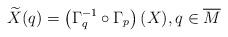
LaTeX: \begin{align*}\widetilde{X}(q) = \left( \Gamma_q^{-1} \circ \Gamma_p \right)(X), q \in \overline{M}\end{align*}